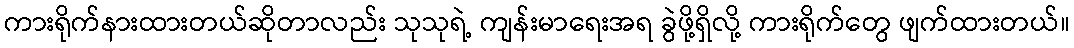
ကားရိုက်နားထားတယ်ဆိုတာလည်း သုသုရဲ့ ကျန်းမာရေးအရ ခွဲဖို့ရှိလို့ ကားရိုက်တွေ ဖျက်ထားတယ်။